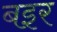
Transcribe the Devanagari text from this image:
बइर